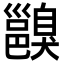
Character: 𨞑